Civil Veterinary Department ledger series I-VI
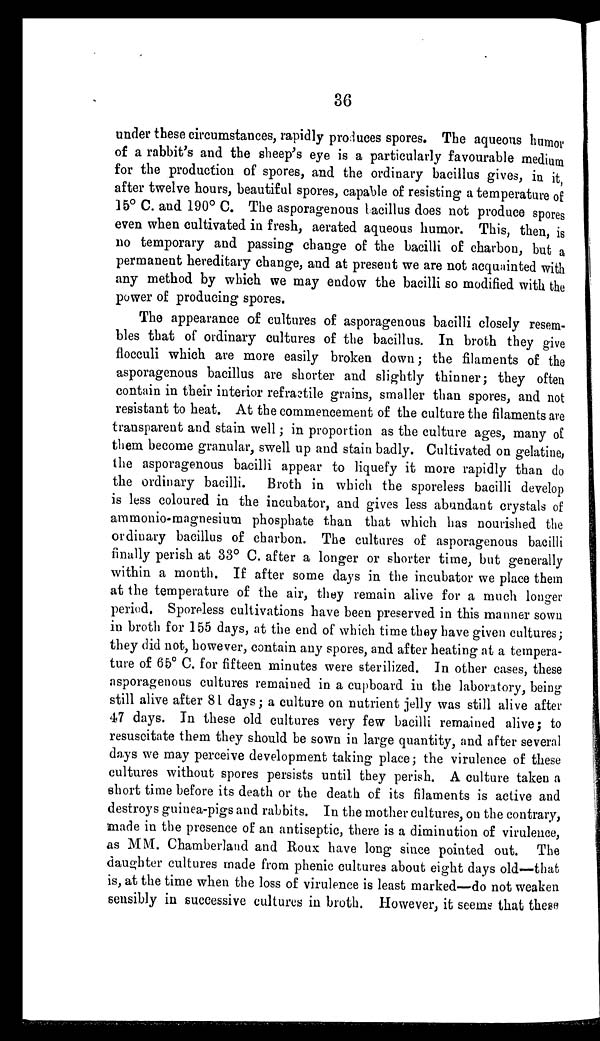
36
under these circumstances, rapidly produces spores. The aqueous humor
of a rabbit's and the sheep's eye is a particularly favourable medium
for the production of spores, and the ordinary bacillus gives, in it,
after twelve hours, beautiful spores, capable of resisting a temperature of
15° C. and 190° C. The asporagenous bacillus does not produce spores
even when cultivated in fresh, aerated aqueous humor. This, then, is
no temporary and passing change of the bacilli of charbon, but a
permanent hereditary change, and at present we are not acquainted with
any method by which we may endow the bacilli so modified with the
power of producing spores.
The appearance of cultures of asporagenous bacilli closely resem-
bles that of ordinary cultures of the bacillus. In broth they give
flocculi which are more easily broken down; the filaments of the
asporagenous bacillus are shorter and slightly thinner; they often
contain in their interior refractile grains, smaller than spores, and not
resistant to heat. At the commencement of the culture the filaments are
transparent and stain well; in proportion as the culture ages, many of
them become granular, swell up and stain badly. Cultivated on gelatine,
the asporagenous bacilli appear to liquefy it more rapidly than do
the ordinary bacilli. Broth in which the sporeless bacilli develop
is less coloured in the incubator, and gives less abundant crystals of
ammonio-magnesium phosphate than that which has nourished the
ordinary bacillus of charbon. The cultures of asporagenous bacilli
finally perish at 33° C. after a longer or shorter time, but generally
within a month. If after some days in the incubator we place them
at the temperature of the air, they remain alive for a much longer
period. Sporeless cultivations have been preserved in this manner sown
in broth for 155 days, at the end of which time they have given cultures;
they did not, however, contain any spores, and after heating at a tempera-
ture of 65° C. for fifteen minutes were sterilized. In other cases, these
asporagenous cultures remained in a cupboard in the laboratory, being
still alive after 81 days; a culture on nutrient jelly was still alive after
47 days. In these old cultures very few bacilli remained alive; to
resuscitate them they should be sown in large quantity, and after several
days we may perceive development taking place; the virulence of these
cultures without spores persists until they perish. A culture taken a
short time before its death or the death of its filaments is active and
destroys guinea-pigs and rabbits. In the mother cultures, on the contrary,
made in the presence of an antiseptic, there is a diminution of virulence,
as MM. Chamberland and Roux have long since pointed out. The
daughter cultures made from phenic cultures about eight days old—that
is, at the time when the loss of virulence is least marked—do not weaken
sensibly in successive cultures in broth. However, it seems that these